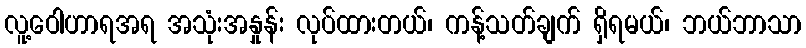
လူ့ဝေါဟာရအရ အသုံးအနှုန်း လုပ်ထားတယ်၊ ကန့်သတ်ချက် ရှိရမယ်၊ ဘယ်ဘာသာ